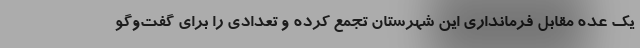
یک عده مقابل فرمانداری این شهرستان تجمع کرده و تعدادی را برای گفت‌وگو